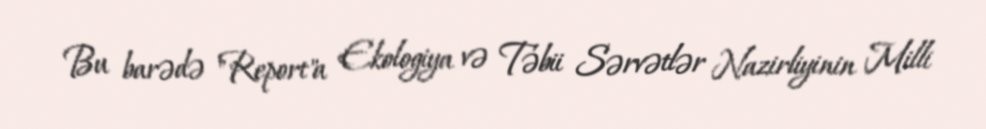
Bu barədə "Report"a Ekologiya və Təbii Sərvətlər Nazirliyinin Milli